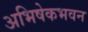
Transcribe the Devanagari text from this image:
अभिषेकभवन